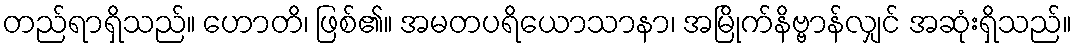
တည်ရာရှိသည်။ ဟောတိ၊ ဖြစ်၏။ အမတပရိယောသာနာ၊ အမြိုက်နိဗ္ဗာန်လျှင် အဆုံးရှိသည်။